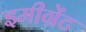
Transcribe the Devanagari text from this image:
इमीग्रेंट